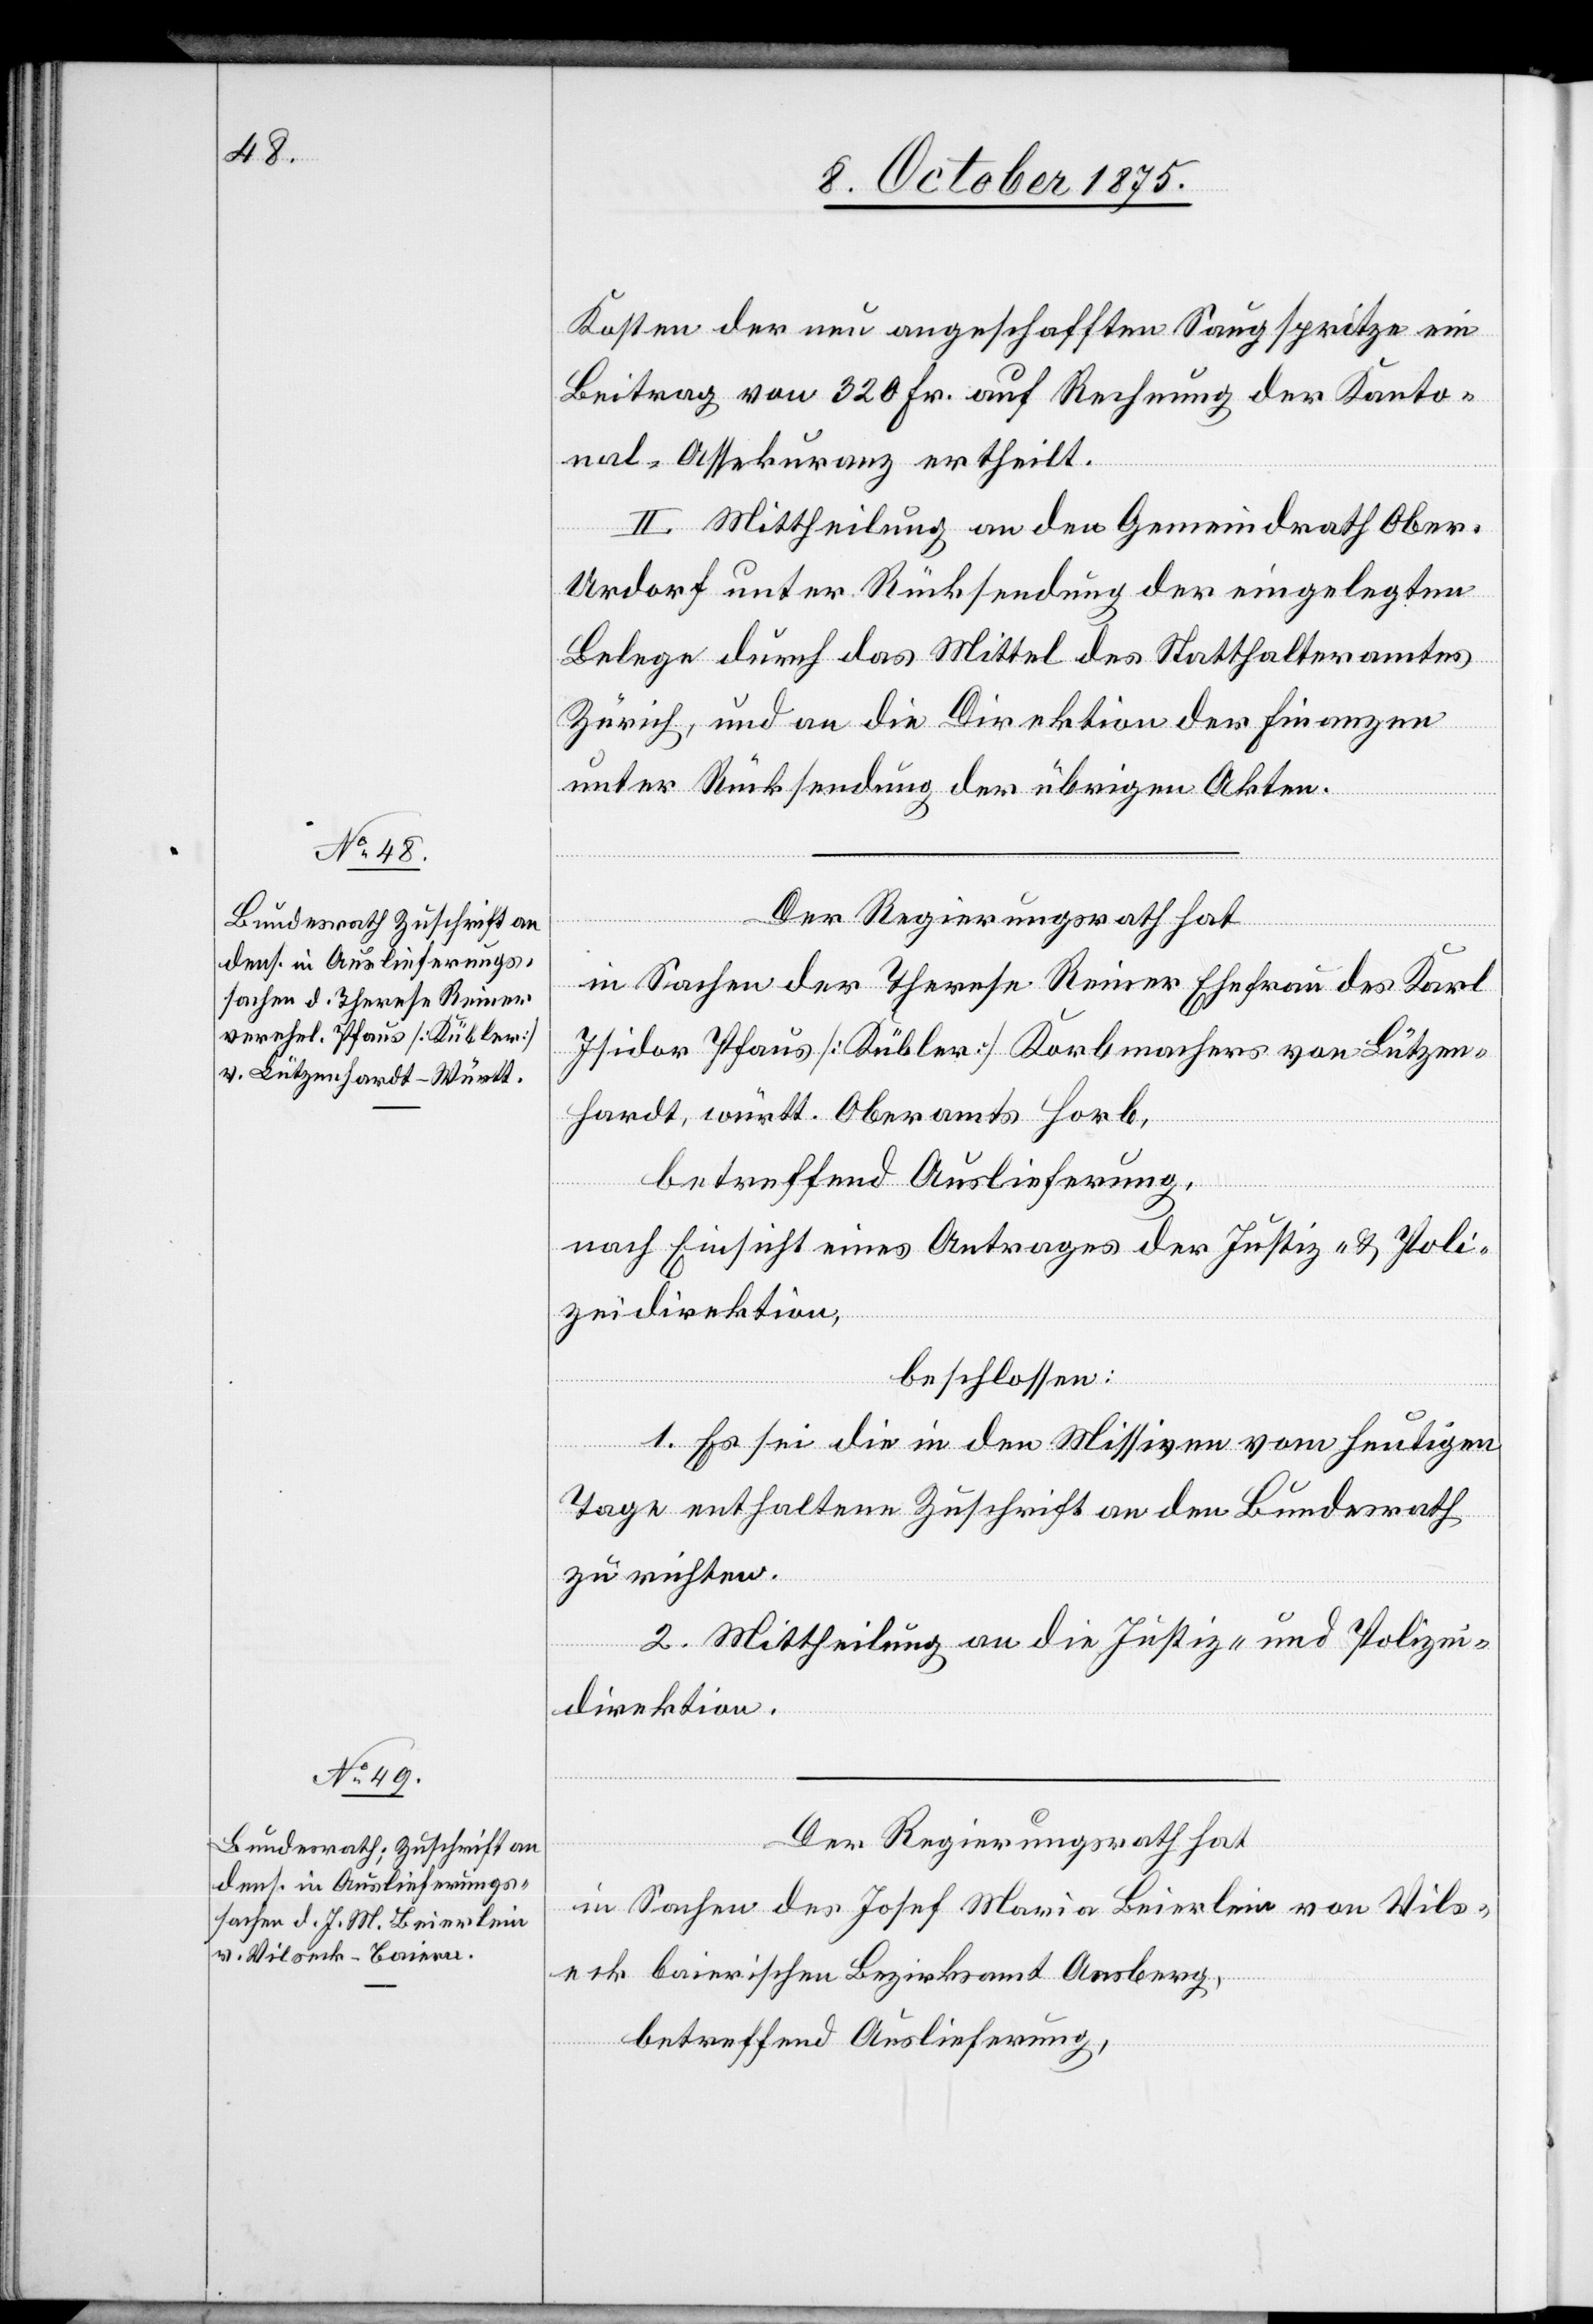
Der Regierungsrath hat,
in Sachen der Therese Reiner Ehefrau des Karl
Isidor Pfaus [Kübler] Korbmachers von Lützen¬
hardt, württ. Oberamts Horb,
betreffend Auslieferung,
nach Einsicht eines Antrages der Justiz- & Poli¬
zeidirektion,
beschlossen:
1. Es sei die in den Missiven vom heutigen
Tage enthaltene Zuschrift an den Bundesrath
zu richten.
2. Mittheilung an die Justiz- und Polizei¬
direktion.
Der Regierungsrath hat,
in Sachen des Josef Maria Beierlein von Vils¬
eck bairischen Bezirksamt Ansberg,
betreffend Auslieferung,